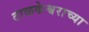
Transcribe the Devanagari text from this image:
टाळकेश्वराच्या